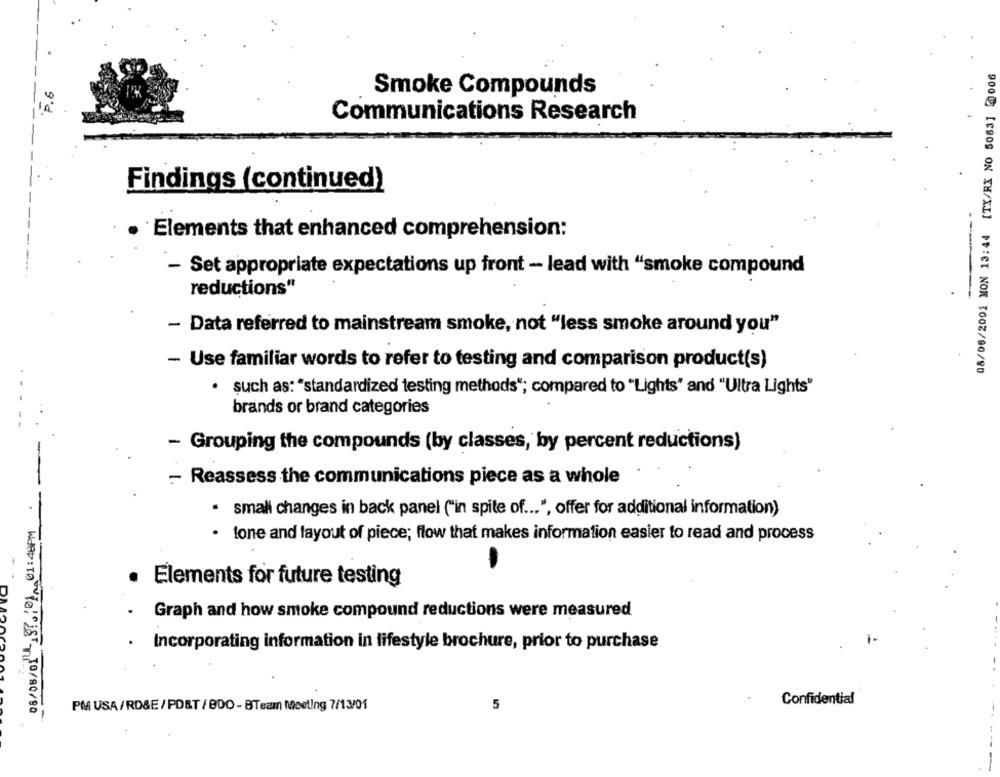
08/06/2001 MON 13:44 [TX/RX NO 5063] 2006
P.6
Smoke Compounds
Communications Research
--
Findings (continued)
·Elements that enhanced comprehension:
- Set appropriate expectations up front - lead with "smoke compound
reductions"
- Data referred to mainstream smoke, not "less smoke around you"
- Use familiar words to refer to testing and comparison product(s)
· such as: "standardized testing methods"; compared to "Lights" and "Ultra Lights"
brands or brand categories
- Grouping the compounds (by classes, by percent reductions)
- Reassess the communications piece as a whole
-
small changes in back panel ("in spite of ... ", offer for additional information)
.
.
tone and layout of piece; flow that makes information easier to read and process
· Elements for future testing
Graph and how smoke compound reductions were measured
. Incorporating information in lifestyle brochure, prior to purchase
i-
PM USA/RD&E / POST / BDO - BTeam Meeting 7/13/01
5
Confidential
· Wdv:Io ło!"S10/80/80